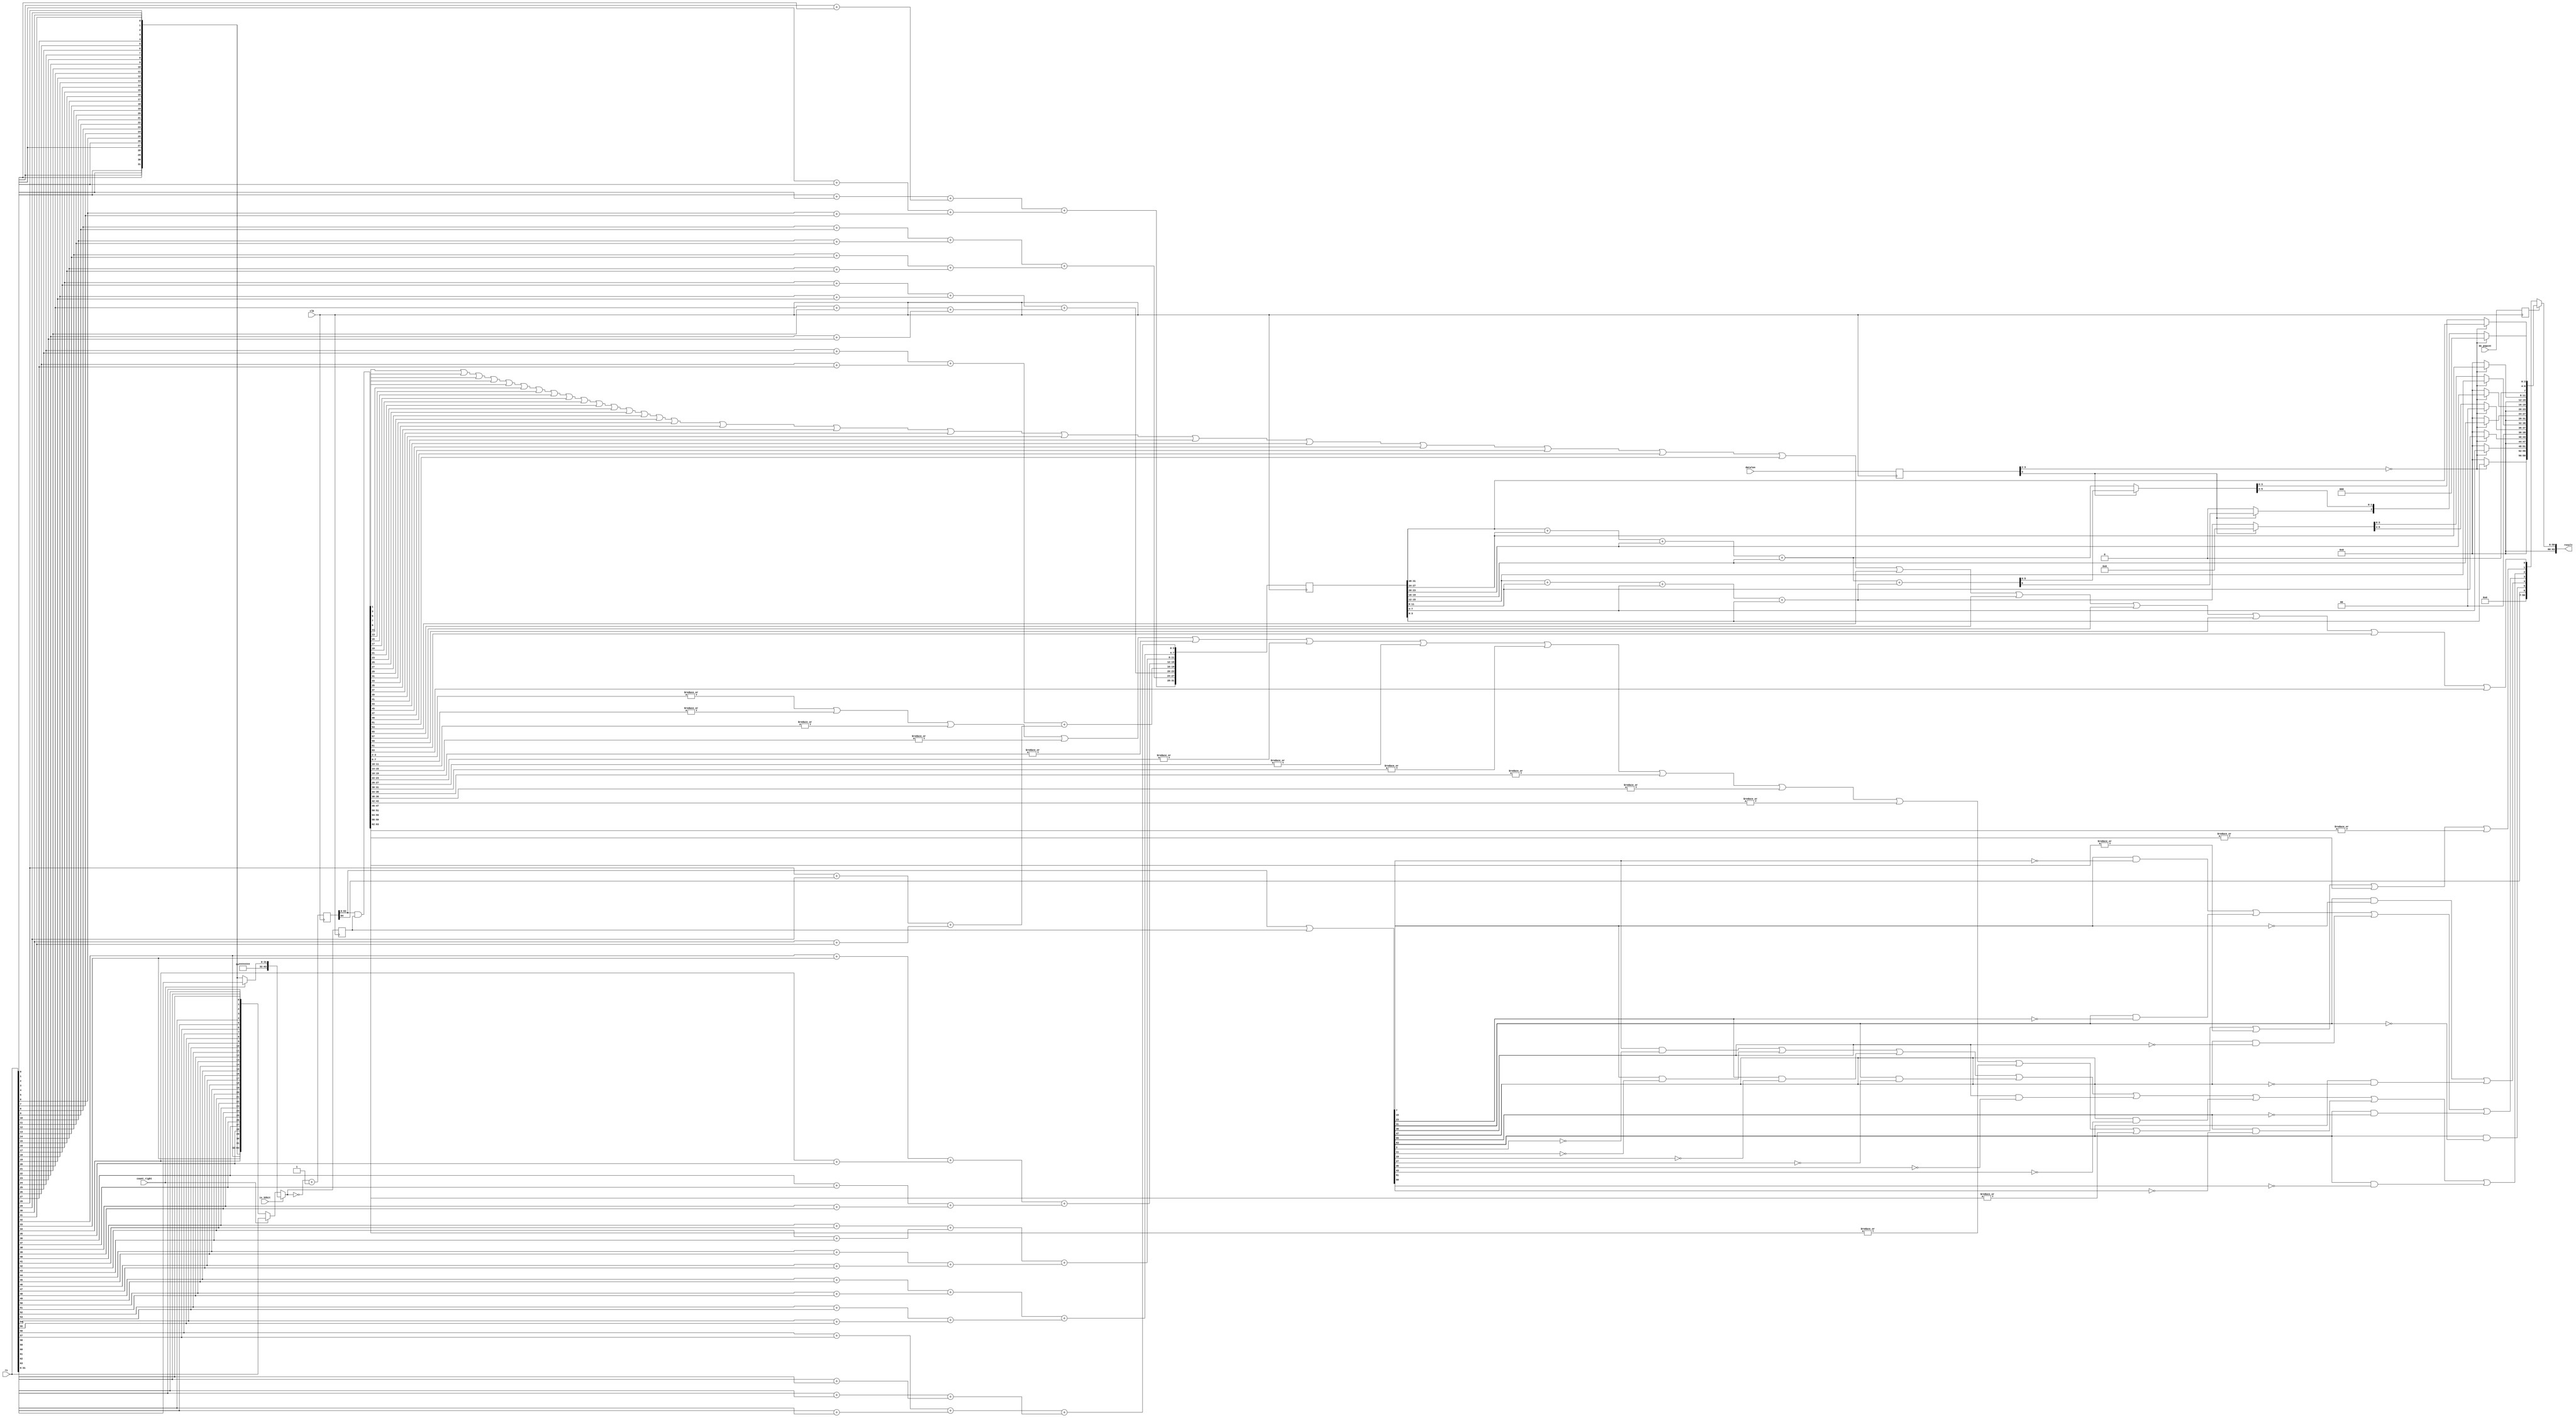
module bit_counter(clk, rs, count_right, do_popcnt, is_32bit, datalen, result);
  reg [63:0] _000_;
  reg [64:0] _001_;
  wire _002_;
  wire _003_;
  wire [63:0] _004_;
  wire _005_;
  wire [31:0] _006_;
  wire [63:0] _007_;
  wire [63:0] _008_;
  wire [64:0] _009_;
  wire [63:0] _010_;
  wire _011_;
  wire _012_;
  wire _013_;
  wire _014_;
  wire _015_;
  wire _016_;
  wire _017_;
  wire _018_;
  wire _019_;
  wire _020_;
  wire _021_;
  wire _022_;
  wire _023_;
  wire _024_;
  wire _025_;
  wire _026_;
  wire _027_;
  wire _028_;
  wire _029_;
  wire _030_;
  wire _031_;
  wire _032_;
  wire _033_;
  wire _034_;
  wire _035_;
  wire _036_;
  wire _037_;
  wire _038_;
  wire _039_;
  wire _040_;
  wire _041_;
  wire _042_;
  wire _043_;
  wire _044_;
  wire _045_;
  wire _046_;
  wire _047_;
  wire _048_;
  wire _049_;
  wire _050_;
  wire _051_;
  wire _052_;
  wire _053_;
  wire _054_;
  wire _055_;
  wire _056_;
  wire _057_;
  wire _058_;
  wire _059_;
  wire _060_;
  wire _061_;
  wire _062_;
  wire _063_;
  wire _064_;
  wire _065_;
  wire _066_;
  wire _067_;
  wire _068_;
  wire _069_;
  wire _070_;
  wire _071_;
  wire _072_;
  wire _073_;
  wire _074_;
  wire _075_;
  wire _076_;
  wire _077_;
  wire _078_;
  wire _079_;
  wire _080_;
  wire _081_;
  wire _082_;
  wire _083_;
  wire _084_;
  wire _085_;
  wire _086_;
  wire _087_;
  wire _088_;
  wire _089_;
  wire _090_;
  wire _091_;
  wire _092_;
  wire _093_;
  wire _094_;
  wire _095_;
  wire _096_;
  wire _097_;
  wire _098_;
  wire _099_;
  wire _100_;
  wire _101_;
  wire _102_;
  wire _103_;
  wire _104_;
  wire _105_;
  wire _106_;
  wire _107_;
  wire _108_;
  wire _109_;
  wire _110_;
  wire _111_;
  wire _112_;
  wire _113_;
  wire _114_;
  wire _115_;
  wire _116_;
  wire _117_;
  wire _118_;
  wire _119_;
  wire _120_;
  wire _121_;
  wire _122_;
  wire _123_;
  wire _124_;
  wire _125_;
  wire _126_;
  wire _127_;
  wire _128_;
  wire _129_;
  wire _130_;
  wire _131_;
  wire _132_;
  wire _133_;
  wire _134_;
  wire _135_;
  wire _136_;
  wire _137_;
  wire _138_;
  wire _139_;
  wire _140_;
  wire _141_;
  wire _142_;
  wire _143_;
  wire _144_;
  wire _145_;
  wire _146_;
  wire _147_;
  wire _148_;
  wire _149_;
  wire _150_;
  wire _151_;
  wire _152_;
  wire _153_;
  wire _154_;
  wire _155_;
  wire _156_;
  wire _157_;
  wire _158_;
  wire _159_;
  wire _160_;
  wire _161_;
  wire _162_;
  wire _163_;
  wire _164_;
  wire _165_;
  wire _166_;
  wire _167_;
  wire _168_;
  wire _169_;
  wire _170_;
  wire _171_;
  wire _172_;
  wire _173_;
  wire _174_;
  wire _175_;
  wire _176_;
  wire _177_;
  wire _178_;
  wire _179_;
  wire _180_;
  wire _181_;
  wire _182_;
  wire _183_;
  wire _184_;
  wire _185_;
  wire _186_;
  wire _187_;
  wire _188_;
  wire _189_;
  wire _190_;
  wire _191_;
  wire _192_;
  wire _193_;
  wire _194_;
  wire _195_;
  wire _196_;
  wire _197_;
  wire _198_;
  wire _199_;
  wire [63:0] _200_;
  wire _201_;
  wire _202_;
  wire _203_;
  wire _204_;
  wire _205_;
  wire _206_;
  wire _207_;
  wire _208_;
  wire _209_;
  wire _210_;
  wire _211_;
  wire _212_;
  wire _213_;
  wire _214_;
  wire _215_;
  wire _216_;
  wire _217_;
  wire _218_;
  wire _219_;
  wire _220_;
  wire _221_;
  wire _222_;
  wire _223_;
  wire _224_;
  wire _225_;
  wire _226_;
  wire _227_;
  wire _228_;
  wire _229_;
  wire _230_;
  wire _231_;
  wire _232_;
  wire _233_;
  wire _234_;
  wire _235_;
  wire _236_;
  wire _237_;
  wire _238_;
  wire _239_;
  wire _240_;
  wire _241_;
  wire _242_;
  wire _243_;
  wire _244_;
  wire _245_;
  wire _246_;
  wire _247_;
  wire _248_;
  wire _249_;
  wire _250_;
  wire _251_;
  wire _252_;
  wire _253_;
  wire _254_;
  wire _255_;
  wire _256_;
  wire _257_;
  wire _258_;
  wire _259_;
  wire _260_;
  wire _261_;
  wire _262_;
  wire _263_;
  wire _264_;
  wire _265_;
  wire _266_;
  wire _267_;
  wire _268_;
  wire _269_;
  wire _270_;
  wire _271_;
  wire _272_;
  wire _273_;
  wire _274_;
  wire _275_;
  wire _276_;
  wire _277_;
  wire _278_;
  wire _279_;
  wire _280_;
  wire _281_;
  wire _282_;
  wire _283_;
  wire _284_;
  wire _285_;
  wire _286_;
  wire _287_;
  wire _288_;
  wire _289_;
  wire _290_;
  wire _291_;
  wire _292_;
  wire _293_;
  wire _294_;
  wire _295_;
  wire _296_;
  wire _297_;
  wire _298_;
  wire _299_;
  wire _300_;
  wire _301_;
  wire _302_;
  wire _303_;
  wire _304_;
  wire _305_;
  wire _306_;
  wire _307_;
  wire _308_;
  wire _309_;
  wire _310_;
  wire _311_;
  wire _312_;
  wire _313_;
  wire _314_;
  wire _315_;
  wire _316_;
  wire _317_;
  wire _318_;
  wire _319_;
  wire _320_;
  wire _321_;
  wire _322_;
  wire _323_;
  wire _324_;
  wire _325_;
  wire _326_;
  reg [3:0] _327_;
  reg _328_;
  reg [31:0] _329_;
  wire [1:0] _330_;
  wire [1:0] _331_;
  wire [1:0] _332_;
  wire [1:0] _333_;
  wire [1:0] _334_;
  wire [1:0] _335_;
  wire [1:0] _336_;
  wire [1:0] _337_;
  wire [1:0] _338_;
  wire [1:0] _339_;
  wire [1:0] _340_;
  wire [1:0] _341_;
  wire [1:0] _342_;
  wire [1:0] _343_;
  wire [1:0] _344_;
  wire [1:0] _345_;
  wire [1:0] _346_;
  wire [1:0] _347_;
  wire [1:0] _348_;
  wire [1:0] _349_;
  wire [1:0] _350_;
  wire [1:0] _351_;
  wire [1:0] _352_;
  wire [1:0] _353_;
  wire [1:0] _354_;
  wire [1:0] _355_;
  wire [1:0] _356_;
  wire [1:0] _357_;
  wire [1:0] _358_;
  wire [1:0] _359_;
  wire [1:0] _360_;
  wire [1:0] _361_;
  wire [2:0] _362_;
  wire [2:0] _363_;
  wire [2:0] _364_;
  wire [2:0] _365_;
  wire [2:0] _366_;
  wire [2:0] _367_;
  wire [2:0] _368_;
  wire [2:0] _369_;
  wire [2:0] _370_;
  wire [2:0] _371_;
  wire [2:0] _372_;
  wire [2:0] _373_;
  wire [2:0] _374_;
  wire [2:0] _375_;
  wire [2:0] _376_;
  wire [2:0] _377_;
  wire [3:0] _378_;
  wire [3:0] _379_;
  wire [3:0] _380_;
  wire [3:0] _381_;
  wire [3:0] _382_;
  wire [3:0] _383_;
  wire [3:0] _384_;
  wire [3:0] _385_;
  wire [5:0] _386_;
  wire [5:0] _387_;
  wire [5:0] _388_;
  wire [5:0] _389_;
  wire [5:0] _390_;
  wire [5:0] _391_;
  wire _392_;
  wire _393_;
  wire [6:0] _394_;
  wire [5:0] _395_;
  wire _396_;
  wire [5:0] _397_;
  wire [3:0] _398_;
  wire [2:0] _399_;
  wire [3:0] _400_;
  wire [3:0] _401_;
  wire [3:0] _402_;
  wire [3:0] _403_;
  wire [1:0] _404_;
  wire [3:0] _405_;
  wire [3:0] _406_;
  wire [3:0] _407_;
  wire _408_;
  wire [63:0] _409_;
  wire [5:0] bitnum;
  input clk;
  wire clk;
  wire [63:0] cntz;
  input count_right;
  wire count_right;
  input [3:0] datalen;
  wire [3:0] datalen;
  wire [3:0] dlen_r;
  input do_popcnt;
  wire do_popcnt;
  wire [63:0] \edge ;
  wire [63:0] inp;
  wire [63:0] inp_r;
  input is_32bit;
  wire is_32bit;
  wire [63:0] onehot;
  wire [63:0] pc2;
  wire [11:0] pc32;
  wire [47:0] pc4;
  wire [31:0] pc8;
  wire [31:0] pc8_r;
  wire pcnt_r;
  wire [63:0] popcnt;
  output [63:0] result;
  wire [63:0] result;
  input [63:0] rs;
  wire [63:0] rs;
  wire [64:0] sum;
  wire [64:0] sum_r;
  always @(posedge clk)
    _000_ <= inp;
  always @(posedge clk)
    _001_ <= sum;
  assign _002_ = ~ is_32bit;
  assign _003_ = ~ count_right;
  assign _004_ = _003_ ? { rs[0], rs[1], rs[2], rs[3], rs[4], rs[5], rs[6], rs[7], rs[8], rs[9], rs[10], rs[11], rs[12], rs[13], rs[14], rs[15], rs[16], rs[17], rs[18], rs[19], rs[20], rs[21], rs[22], rs[23], rs[24], rs[25], rs[26], rs[27], rs[28], rs[29], rs[30], rs[31], rs[32], rs[33], rs[34], rs[35], rs[36], rs[37], rs[38], rs[39], rs[40], rs[41], rs[42], rs[43], rs[44], rs[45], rs[46], rs[47], rs[48], rs[49], rs[50], rs[51], rs[52], rs[53], rs[54], rs[55], rs[56], rs[57], rs[58], rs[59], rs[60], rs[61], rs[62], rs[63] } : rs;
  assign _005_ = ~ count_right;
  assign _006_ = _005_ ? { rs[0], rs[1], rs[2], rs[3], rs[4], rs[5], rs[6], rs[7], rs[8], rs[9], rs[10], rs[11], rs[12], rs[13], rs[14], rs[15], rs[16], rs[17], rs[18], rs[19], rs[20], rs[21], rs[22], rs[23], rs[24], rs[25], rs[26], rs[27], rs[28], rs[29], rs[30], rs[31] } : rs[31:0];
  assign _007_ = _002_ ? _004_ : { 32'hffffffff, _006_ };
  assign _008_ = ~ inp;
  assign _009_ = { 1'h0, _008_ } + 65'h00000000000000001;
  assign _010_ = sum_r[63:0] | inp_r;
  assign _011_ = ~ \edge [0];
  assign _012_ = \edge [1] & _011_;
  assign _013_ = 1'h0 | _012_;
  assign _014_ = ~ \edge [2];
  assign _015_ = \edge [3] & _014_;
  assign _016_ = _013_ | _015_;
  assign _017_ = ~ \edge [4];
  assign _018_ = \edge [5] & _017_;
  assign _019_ = _016_ | _018_;
  assign _020_ = ~ \edge [6];
  assign _021_ = \edge [7] & _020_;
  assign _022_ = _019_ | _021_;
  assign _023_ = ~ \edge [8];
  assign _024_ = \edge [9] & _023_;
  assign _025_ = _022_ | _024_;
  assign _026_ = ~ \edge [10];
  assign _027_ = \edge [11] & _026_;
  assign _028_ = _025_ | _027_;
  assign _029_ = ~ \edge [12];
  assign _030_ = \edge [13] & _029_;
  assign _031_ = _028_ | _030_;
  assign _032_ = ~ \edge [14];
  assign _033_ = \edge [15] & _032_;
  assign _034_ = _031_ | _033_;
  assign _035_ = ~ \edge [16];
  assign _036_ = \edge [17] & _035_;
  assign _037_ = _034_ | _036_;
  assign _038_ = ~ \edge [18];
  assign _039_ = \edge [19] & _038_;
  assign _040_ = _037_ | _039_;
  assign _041_ = ~ \edge [20];
  assign _042_ = \edge [21] & _041_;
  assign _043_ = _040_ | _042_;
  assign _044_ = ~ \edge [22];
  assign _045_ = \edge [23] & _044_;
  assign _046_ = _043_ | _045_;
  assign _047_ = ~ \edge [24];
  assign _048_ = \edge [25] & _047_;
  assign _049_ = _046_ | _048_;
  assign _050_ = ~ \edge [26];
  assign _051_ = \edge [27] & _050_;
  assign _052_ = _049_ | _051_;
  assign _053_ = ~ \edge [28];
  assign _054_ = \edge [29] & _053_;
  assign _055_ = _052_ | _054_;
  assign _056_ = ~ \edge [30];
  assign _057_ = \edge [31] & _056_;
  assign _058_ = _055_ | _057_;
  assign _059_ = ~ \edge [32];
  assign _060_ = \edge [33] & _059_;
  assign _061_ = _058_ | _060_;
  assign _062_ = ~ \edge [34];
  assign _063_ = \edge [35] & _062_;
  assign _064_ = _061_ | _063_;
  assign _065_ = ~ \edge [36];
  assign _066_ = \edge [37] & _065_;
  assign _067_ = _064_ | _066_;
  assign _068_ = ~ \edge [38];
  assign _069_ = \edge [39] & _068_;
  assign _070_ = _067_ | _069_;
  assign _071_ = ~ \edge [40];
  assign _072_ = \edge [41] & _071_;
  assign _073_ = _070_ | _072_;
  assign _074_ = ~ \edge [42];
  assign _075_ = \edge [43] & _074_;
  assign _076_ = _073_ | _075_;
  assign _077_ = ~ \edge [44];
  assign _078_ = \edge [45] & _077_;
  assign _079_ = _076_ | _078_;
  assign _080_ = ~ \edge [46];
  assign _081_ = \edge [47] & _080_;
  assign _082_ = _079_ | _081_;
  assign _083_ = ~ \edge [48];
  assign _084_ = \edge [49] & _083_;
  assign _085_ = _082_ | _084_;
  assign _086_ = ~ \edge [50];
  assign _087_ = \edge [51] & _086_;
  assign _088_ = _085_ | _087_;
  assign _089_ = ~ \edge [52];
  assign _090_ = \edge [53] & _089_;
  assign _091_ = _088_ | _090_;
  assign _092_ = ~ \edge [54];
  assign _093_ = \edge [55] & _092_;
  assign _094_ = _091_ | _093_;
  assign _095_ = ~ \edge [56];
  assign _096_ = \edge [57] & _095_;
  assign _097_ = _094_ | _096_;
  assign _098_ = ~ \edge [58];
  assign _099_ = \edge [59] & _098_;
  assign _100_ = _097_ | _099_;
  assign _101_ = ~ \edge [60];
  assign _102_ = \edge [61] & _101_;
  assign _103_ = _100_ | _102_;
  assign _104_ = ~ \edge [62];
  assign _105_ = \edge [63] & _104_;
  assign _106_ = _103_ | _105_;
  assign _107_ = ~ \edge [1];
  assign _108_ = \edge [3] & _107_;
  assign _109_ = 1'h0 | _108_;
  assign _110_ = ~ \edge [5];
  assign _111_ = \edge [7] & _110_;
  assign _112_ = _109_ | _111_;
  assign _113_ = ~ \edge [9];
  assign _114_ = \edge [11] & _113_;
  assign _115_ = _112_ | _114_;
  assign _116_ = ~ \edge [13];
  assign _117_ = \edge [15] & _116_;
  assign _118_ = _115_ | _117_;
  assign _119_ = ~ \edge [17];
  assign _120_ = \edge [19] & _119_;
  assign _121_ = _118_ | _120_;
  assign _122_ = ~ \edge [21];
  assign _123_ = \edge [23] & _122_;
  assign _124_ = _121_ | _123_;
  assign _125_ = ~ \edge [25];
  assign _126_ = \edge [27] & _125_;
  assign _127_ = _124_ | _126_;
  assign _128_ = ~ \edge [29];
  assign _129_ = \edge [31] & _128_;
  assign _130_ = _127_ | _129_;
  assign _131_ = ~ \edge [33];
  assign _132_ = \edge [35] & _131_;
  assign _133_ = _130_ | _132_;
  assign _134_ = ~ \edge [37];
  assign _135_ = \edge [39] & _134_;
  assign _136_ = _133_ | _135_;
  assign _137_ = ~ \edge [41];
  assign _138_ = \edge [43] & _137_;
  assign _139_ = _136_ | _138_;
  assign _140_ = ~ \edge [45];
  assign _141_ = \edge [47] & _140_;
  assign _142_ = _139_ | _141_;
  assign _143_ = ~ \edge [49];
  assign _144_ = \edge [51] & _143_;
  assign _145_ = _142_ | _144_;
  assign _146_ = ~ \edge [53];
  assign _147_ = \edge [55] & _146_;
  assign _148_ = _145_ | _147_;
  assign _149_ = ~ \edge [57];
  assign _150_ = \edge [59] & _149_;
  assign _151_ = _148_ | _150_;
  assign _152_ = ~ \edge [61];
  assign _153_ = \edge [63] & _152_;
  assign _154_ = _151_ | _153_;
  assign _155_ = ~ \edge [3];
  assign _156_ = \edge [7] & _155_;
  assign _157_ = 1'h0 | _156_;
  assign _158_ = ~ \edge [11];
  assign _159_ = \edge [15] & _158_;
  assign _160_ = _157_ | _159_;
  assign _161_ = ~ \edge [19];
  assign _162_ = \edge [23] & _161_;
  assign _163_ = _160_ | _162_;
  assign _164_ = ~ \edge [27];
  assign _165_ = \edge [31] & _164_;
  assign _166_ = _163_ | _165_;
  assign _167_ = ~ \edge [35];
  assign _168_ = \edge [39] & _167_;
  assign _169_ = _166_ | _168_;
  assign _170_ = ~ \edge [43];
  assign _171_ = \edge [47] & _170_;
  assign _172_ = _169_ | _171_;
  assign _173_ = ~ \edge [51];
  assign _174_ = \edge [55] & _173_;
  assign _175_ = _172_ | _174_;
  assign _176_ = ~ \edge [59];
  assign _177_ = \edge [63] & _176_;
  assign _178_ = _175_ | _177_;
  assign _179_ = ~ \edge [7];
  assign _180_ = \edge [15] & _179_;
  assign _181_ = 1'h0 | _180_;
  assign _182_ = ~ \edge [23];
  assign _183_ = \edge [31] & _182_;
  assign _184_ = _181_ | _183_;
  assign _185_ = ~ \edge [39];
  assign _186_ = \edge [47] & _185_;
  assign _187_ = _184_ | _186_;
  assign _188_ = ~ \edge [55];
  assign _189_ = \edge [63] & _188_;
  assign _190_ = _187_ | _189_;
  assign _191_ = ~ \edge [15];
  assign _192_ = \edge [31] & _191_;
  assign _193_ = 1'h0 | _192_;
  assign _194_ = ~ \edge [47];
  assign _195_ = \edge [63] & _194_;
  assign _196_ = _193_ | _195_;
  assign _197_ = ~ \edge [31];
  assign _198_ = \edge [63] & _197_;
  assign _199_ = 1'h0 | _198_;
  assign _200_ = sum_r[63:0] & inp_r;
  assign _201_ = | onehot[1];
  assign _202_ = 1'h0 | _201_;
  assign _203_ = | onehot[3];
  assign _204_ = _202_ | _203_;
  assign _205_ = | onehot[5];
  assign _206_ = _204_ | _205_;
  assign _207_ = | onehot[7];
  assign _208_ = _206_ | _207_;
  assign _209_ = | onehot[9];
  assign _210_ = _208_ | _209_;
  assign _211_ = | onehot[11];
  assign _212_ = _210_ | _211_;
  assign _213_ = | onehot[13];
  assign _214_ = _212_ | _213_;
  assign _215_ = | onehot[15];
  assign _216_ = _214_ | _215_;
  assign _217_ = | onehot[17];
  assign _218_ = _216_ | _217_;
  assign _219_ = | onehot[19];
  assign _220_ = _218_ | _219_;
  assign _221_ = | onehot[21];
  assign _222_ = _220_ | _221_;
  assign _223_ = | onehot[23];
  assign _224_ = _222_ | _223_;
  assign _225_ = | onehot[25];
  assign _226_ = _224_ | _225_;
  assign _227_ = | onehot[27];
  assign _228_ = _226_ | _227_;
  assign _229_ = | onehot[29];
  assign _230_ = _228_ | _229_;
  assign _231_ = | onehot[31];
  assign _232_ = _230_ | _231_;
  assign _233_ = | onehot[33];
  assign _234_ = _232_ | _233_;
  assign _235_ = | onehot[35];
  assign _236_ = _234_ | _235_;
  assign _237_ = | onehot[37];
  assign _238_ = _236_ | _237_;
  assign _239_ = | onehot[39];
  assign _240_ = _238_ | _239_;
  assign _241_ = | onehot[41];
  assign _242_ = _240_ | _241_;
  assign _243_ = | onehot[43];
  assign _244_ = _242_ | _243_;
  assign _245_ = | onehot[45];
  assign _246_ = _244_ | _245_;
  assign _247_ = | onehot[47];
  assign _248_ = _246_ | _247_;
  assign _249_ = | onehot[49];
  assign _250_ = _248_ | _249_;
  assign _251_ = | onehot[51];
  assign _252_ = _250_ | _251_;
  assign _253_ = | onehot[53];
  assign _254_ = _252_ | _253_;
  assign _255_ = | onehot[55];
  assign _256_ = _254_ | _255_;
  assign _257_ = | onehot[57];
  assign _258_ = _256_ | _257_;
  assign _259_ = | onehot[59];
  assign _260_ = _258_ | _259_;
  assign _261_ = | onehot[61];
  assign _262_ = _260_ | _261_;
  assign _263_ = | onehot[63];
  assign _264_ = _262_ | _263_;
  assign _265_ = | onehot[3:2];
  assign _266_ = 1'h0 | _265_;
  assign _267_ = | onehot[7:6];
  assign _268_ = _266_ | _267_;
  assign _269_ = | onehot[11:10];
  assign _270_ = _268_ | _269_;
  assign _271_ = | onehot[15:14];
  assign _272_ = _270_ | _271_;
  assign _273_ = | onehot[19:18];
  assign _274_ = _272_ | _273_;
  assign _275_ = | onehot[23:22];
  assign _276_ = _274_ | _275_;
  assign _277_ = | onehot[27:26];
  assign _278_ = _276_ | _277_;
  assign _279_ = | onehot[31:30];
  assign _280_ = _278_ | _279_;
  assign _281_ = | onehot[35:34];
  assign _282_ = _280_ | _281_;
  assign _283_ = | onehot[39:38];
  assign _284_ = _282_ | _283_;
  assign _285_ = | onehot[43:42];
  assign _286_ = _284_ | _285_;
  assign _287_ = | onehot[47:46];
  assign _288_ = _286_ | _287_;
  assign _289_ = | onehot[51:50];
  assign _290_ = _288_ | _289_;
  assign _291_ = | onehot[55:54];
  assign _292_ = _290_ | _291_;
  assign _293_ = | onehot[59:58];
  assign _294_ = _292_ | _293_;
  assign _295_ = | onehot[63:62];
  assign _296_ = _294_ | _295_;
  assign _297_ = | onehot[7:4];
  assign _298_ = 1'h0 | _297_;
  assign _299_ = | onehot[15:12];
  assign _300_ = _298_ | _299_;
  assign _301_ = | onehot[23:20];
  assign _302_ = _300_ | _301_;
  assign _303_ = | onehot[31:28];
  assign _304_ = _302_ | _303_;
  assign _305_ = | onehot[39:36];
  assign _306_ = _304_ | _305_;
  assign _307_ = | onehot[47:44];
  assign _308_ = _306_ | _307_;
  assign _309_ = | onehot[55:52];
  assign _310_ = _308_ | _309_;
  assign _311_ = | onehot[63:60];
  assign _312_ = _310_ | _311_;
  assign _313_ = | onehot[15:8];
  assign _314_ = 1'h0 | _313_;
  assign _315_ = | onehot[31:24];
  assign _316_ = _314_ | _315_;
  assign _317_ = | onehot[47:40];
  assign _318_ = _316_ | _317_;
  assign _319_ = | onehot[63:56];
  assign _320_ = _318_ | _319_;
  assign _321_ = | onehot[31:16];
  assign _322_ = 1'h0 | _321_;
  assign _323_ = | onehot[63:48];
  assign _324_ = _322_ | _323_;
  assign _325_ = | onehot[63:32];
  assign _326_ = 1'h0 | _325_;
  always @(posedge clk)
    _327_ <= datalen;
  always @(posedge clk)
    _328_ <= do_popcnt;
  always @(posedge clk)
    _329_ <= pc8;
  assign _330_ = { 1'h0, rs[0] } + { 1'h0, rs[1] };
  assign _331_ = { 1'h0, rs[2] } + { 1'h0, rs[3] };
  assign _332_ = { 1'h0, rs[4] } + { 1'h0, rs[5] };
  assign _333_ = { 1'h0, rs[6] } + { 1'h0, rs[7] };
  assign _334_ = { 1'h0, rs[8] } + { 1'h0, rs[9] };
  assign _335_ = { 1'h0, rs[10] } + { 1'h0, rs[11] };
  assign _336_ = { 1'h0, rs[12] } + { 1'h0, rs[13] };
  assign _337_ = { 1'h0, rs[14] } + { 1'h0, rs[15] };
  assign _338_ = { 1'h0, rs[16] } + { 1'h0, rs[17] };
  assign _339_ = { 1'h0, rs[18] } + { 1'h0, rs[19] };
  assign _340_ = { 1'h0, rs[20] } + { 1'h0, rs[21] };
  assign _341_ = { 1'h0, rs[22] } + { 1'h0, rs[23] };
  assign _342_ = { 1'h0, rs[24] } + { 1'h0, rs[25] };
  assign _343_ = { 1'h0, rs[26] } + { 1'h0, rs[27] };
  assign _344_ = { 1'h0, rs[28] } + { 1'h0, rs[29] };
  assign _345_ = { 1'h0, rs[30] } + { 1'h0, rs[31] };
  assign _346_ = { 1'h0, rs[32] } + { 1'h0, rs[33] };
  assign _347_ = { 1'h0, rs[34] } + { 1'h0, rs[35] };
  assign _348_ = { 1'h0, rs[36] } + { 1'h0, rs[37] };
  assign _349_ = { 1'h0, rs[38] } + { 1'h0, rs[39] };
  assign _350_ = { 1'h0, rs[40] } + { 1'h0, rs[41] };
  assign _351_ = { 1'h0, rs[42] } + { 1'h0, rs[43] };
  assign _352_ = { 1'h0, rs[44] } + { 1'h0, rs[45] };
  assign _353_ = { 1'h0, rs[46] } + { 1'h0, rs[47] };
  assign _354_ = { 1'h0, rs[48] } + { 1'h0, rs[49] };
  assign _355_ = { 1'h0, rs[50] } + { 1'h0, rs[51] };
  assign _356_ = { 1'h0, rs[52] } + { 1'h0, rs[53] };
  assign _357_ = { 1'h0, rs[54] } + { 1'h0, rs[55] };
  assign _358_ = { 1'h0, rs[56] } + { 1'h0, rs[57] };
  assign _359_ = { 1'h0, rs[58] } + { 1'h0, rs[59] };
  assign _360_ = { 1'h0, rs[60] } + { 1'h0, rs[61] };
  assign _361_ = { 1'h0, rs[62] } + { 1'h0, rs[63] };
  assign _362_ = { 1'h0, pc2[63:62] } + { 1'h0, pc2[61:60] };
  assign _363_ = { 1'h0, pc2[59:58] } + { 1'h0, pc2[57:56] };
  assign _364_ = { 1'h0, pc2[55:54] } + { 1'h0, pc2[53:52] };
  assign _365_ = { 1'h0, pc2[51:50] } + { 1'h0, pc2[49:48] };
  assign _366_ = { 1'h0, pc2[47:46] } + { 1'h0, pc2[45:44] };
  assign _367_ = { 1'h0, pc2[43:42] } + { 1'h0, pc2[41:40] };
  assign _368_ = { 1'h0, pc2[39:38] } + { 1'h0, pc2[37:36] };
  assign _369_ = { 1'h0, pc2[35:34] } + { 1'h0, pc2[33:32] };
  assign _370_ = { 1'h0, pc2[31:30] } + { 1'h0, pc2[29:28] };
  assign _371_ = { 1'h0, pc2[27:26] } + { 1'h0, pc2[25:24] };
  assign _372_ = { 1'h0, pc2[23:22] } + { 1'h0, pc2[21:20] };
  assign _373_ = { 1'h0, pc2[19:18] } + { 1'h0, pc2[17:16] };
  assign _374_ = { 1'h0, pc2[15:14] } + { 1'h0, pc2[13:12] };
  assign _375_ = { 1'h0, pc2[11:10] } + { 1'h0, pc2[9:8] };
  assign _376_ = { 1'h0, pc2[7:6] } + { 1'h0, pc2[5:4] };
  assign _377_ = { 1'h0, pc2[3:2] } + { 1'h0, pc2[1:0] };
  assign _378_ = { 1'h0, pc4[47:45] } + { 1'h0, pc4[44:42] };
  assign _379_ = { 1'h0, pc4[41:39] } + { 1'h0, pc4[38:36] };
  assign _380_ = { 1'h0, pc4[35:33] } + { 1'h0, pc4[32:30] };
  assign _381_ = { 1'h0, pc4[29:27] } + { 1'h0, pc4[26:24] };
  assign _382_ = { 1'h0, pc4[23:21] } + { 1'h0, pc4[20:18] };
  assign _383_ = { 1'h0, pc4[17:15] } + { 1'h0, pc4[14:12] };
  assign _384_ = { 1'h0, pc4[11:9] } + { 1'h0, pc4[8:6] };
  assign _385_ = { 1'h0, pc4[5:3] } + { 1'h0, pc4[2:0] };
  assign _386_ = { 2'h0, pc8_r[31:28] } + { 2'h0, pc8_r[27:24] };
  assign _387_ = _386_ + { 2'h0, pc8_r[23:20] };
  assign _388_ = _387_ + { 2'h0, pc8_r[19:16] };
  assign _389_ = { 2'h0, pc8_r[15:12] } + { 2'h0, pc8_r[11:8] };
  assign _390_ = _389_ + { 2'h0, pc8_r[7:4] };
  assign _391_ = _390_ + { 2'h0, pc8_r[3:0] };
  assign _392_ = dlen_r[3:2] == 2'h0;
  assign _393_ = ~ dlen_r[3];
  assign _394_ = { 1'h0, pc32[11:6] } + { 1'h0, pc32[5:0] };
  assign _395_ = _393_ ? pc32[11:6] : _394_[5:0];
  assign _396_ = _393_ ? 1'h0 : _394_[6];
  assign _397_ = _393_ ? pc32[5:0] : 6'h00;
  assign _398_ = _392_ ? pc8_r[31:28] : _395_[3:0];
  assign _399_ = _392_ ? 3'h0 : { _396_, _395_[5:4] };
  assign _400_ = _392_ ? pc8_r[27:24] : 4'h0;
  assign _401_ = _392_ ? pc8_r[23:20] : 4'h0;
  assign _402_ = _392_ ? pc8_r[19:16] : 4'h0;
  assign _403_ = _392_ ? pc8_r[15:12] : _397_[3:0];
  assign _404_ = _392_ ? 2'h0 : _397_[5:4];
  assign _405_ = _392_ ? pc8_r[11:8] : 4'h0;
  assign _406_ = _392_ ? pc8_r[7:4] : 4'h0;
  assign _407_ = _392_ ? pc8_r[3:0] : 4'h0;
  assign _408_ = ~ pcnt_r;
  assign _409_ = _408_ ? cntz : popcnt;
  assign inp = _007_;
  assign inp_r = _000_;
  assign sum = _009_;
  assign sum_r = _001_;
  assign onehot = _200_;
  assign \edge  = _010_;
  assign bitnum = { _199_, _196_, _190_, _178_, _296_, _264_ };
  assign cntz = { 57'h000000000000000, sum_r[64], bitnum };
  assign dlen_r = _327_;
  assign pcnt_r = _328_;
  assign pc2 = { _330_, _331_, _332_, _333_, _334_, _335_, _336_, _337_, _338_, _339_, _340_, _341_, _342_, _343_, _344_, _345_, _346_, _347_, _348_, _349_, _350_, _351_, _352_, _353_, _354_, _355_, _356_, _357_, _358_, _359_, _360_, _361_ };
  assign pc4 = { _362_, _363_, _364_, _365_, _366_, _367_, _368_, _369_, _370_, _371_, _372_, _373_, _374_, _375_, _376_, _377_ };
  assign pc8 = { _378_, _379_, _380_, _381_, _382_, _383_, _384_, _385_ };
  assign pc8_r = _329_;
  assign pc32 = { _388_, _391_ };
  assign popcnt = { 4'h0, _407_, 4'h0, _406_, 4'h0, _405_, 2'h0, _404_, _403_, 4'h0, _402_, 4'h0, _401_, 4'h0, _400_, 1'h0, _399_, _398_ };
  assign result = _409_;
endmodule